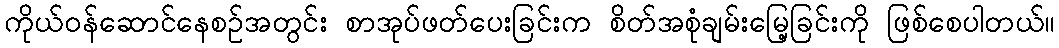
ကိုယ်ဝန်ဆောင်နေစဥ်အတွင်း စာအုပ်ဖတ်ပေးခြင်းက စိတ်အစုံချမ်းမြေ့ခြင်းကို ဖြစ်စေပါတယ်။